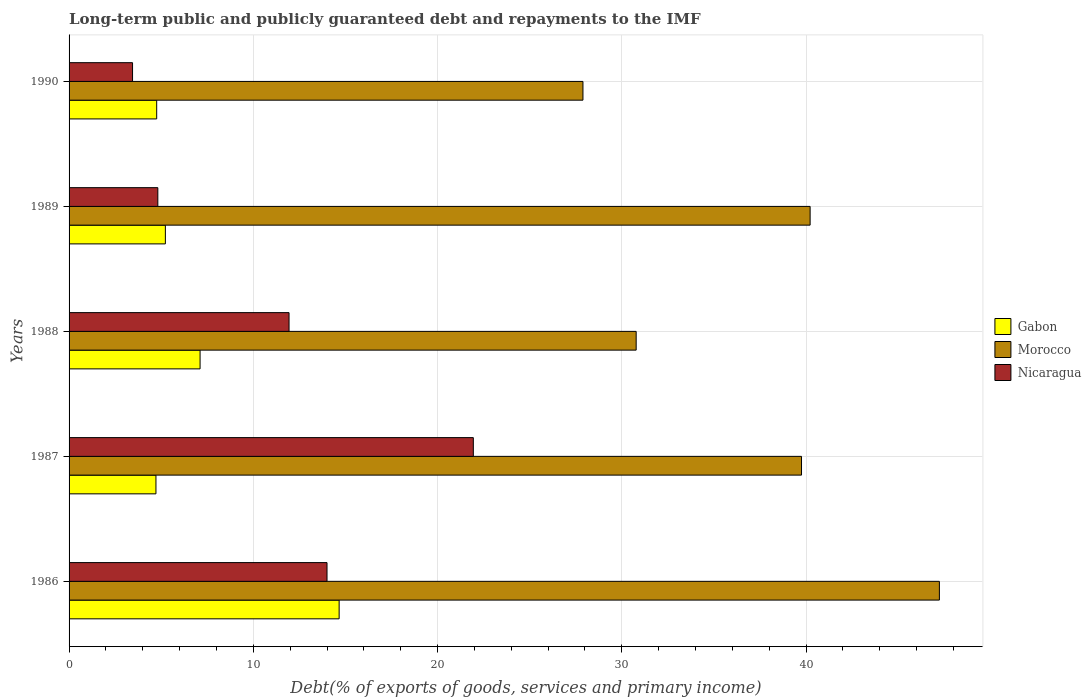
| Years | Gabon | Morocco | Nicaragua |
 | --- | --- | --- | --- |
 | 1986 | 14.7 | 47.2 | 14 |
 | 1987 | 4.72 | 39.8 | 21.9 |
 | 1988 | 7.11 | 30.8 | 11.9 |
 | 1989 | 5.23 | 40.2 | 4.82 |
 | 1990 | 4.76 | 27.9 | 3.45 |